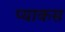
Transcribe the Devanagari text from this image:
प्याकस